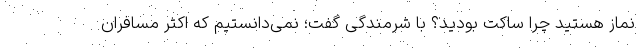
نماز هستید چرا ساکت بودید؟ با شرمندگی گفت؛ نمی‌دانستیم که اکثر مسافران